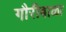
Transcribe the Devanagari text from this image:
गौरीबाळा